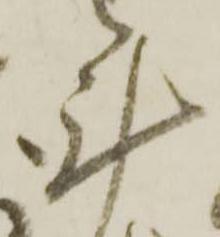
計